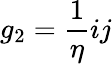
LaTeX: g_{2}={\frac{1}{\eta}}ij